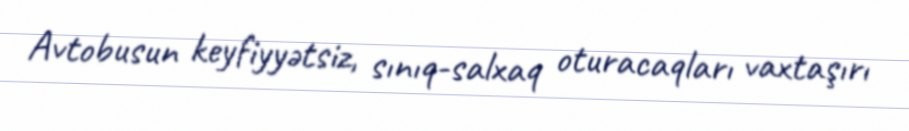
Avtobusun keyfiyyətsiz, sınıq-salxaq oturacaqları vaxtaşırı